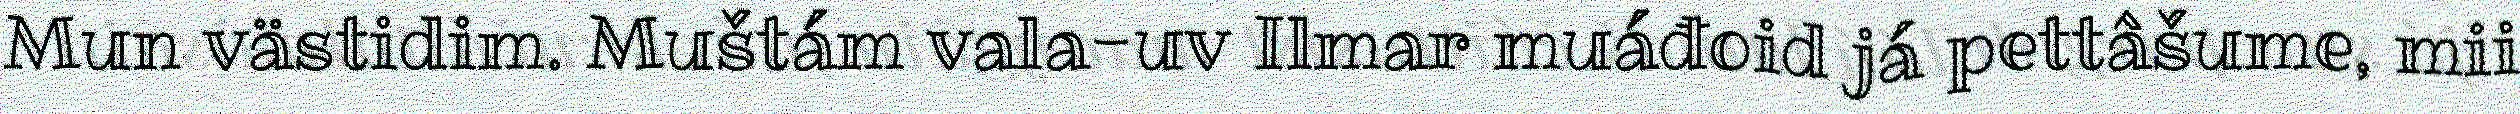
Mun västidim. Muštám vala-uv Ilmar muáđoid já pettâšume, mii